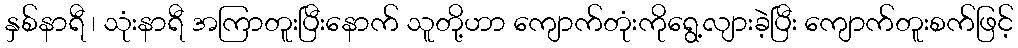
နှစ်နာရီ ၊ သုံးနာရီ အကြာတူးပြီးနောက် သူတို့ဟာ ကျောက်တုံးကိုရွေ့လျားခဲ့ပြီး ကျောက်တူးစက်ဖြင့်